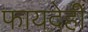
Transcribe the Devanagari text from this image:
फायदेही